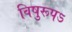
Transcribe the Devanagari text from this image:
विषुरूपऽ